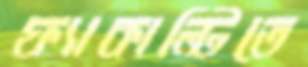
ফ্যাকাল্টিতে